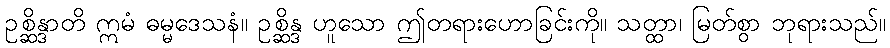
ဥစ္ဆိန္ဒာတိ ဣမံ ဓမ္မဒေသနံ။ ဥစ္ဆိန္ဒ ဟူသော ဤတရားဟောခြင်းကို။ သတ္ထာ၊ မြတ်စွာ ဘုရားသည်။